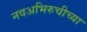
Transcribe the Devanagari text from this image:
नवअभिरुचीच्या